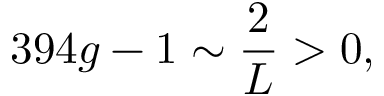
3 9 4 g - 1 \sim \frac { 2 } { L } > 0 ,